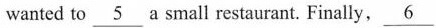
wanted to \underline{5} a small restaurant. Finally, \underline{6}